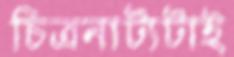
চিত্রনাট্যটাই